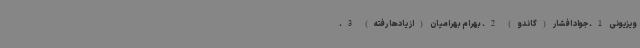
ویزیونی 1. جواد افشار (گاندو) 2. بهرام بهرامیان (از یادها رفته) 3.